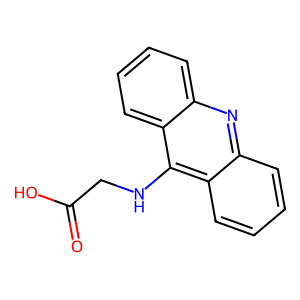
SMILES: O=C(O)CNc1c2ccccc2nc2ccccc12
Inhibits HIV replication: No